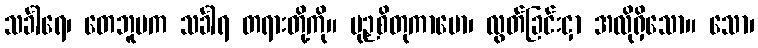
သင်္ခါရေ၊ တေဘူမက သင်္ခါရ တရားတို့ကို။ မုဉှစိတုကာမော၊ လွတ်ခြင်းငှာ အလိုရှိသော။ သော၊